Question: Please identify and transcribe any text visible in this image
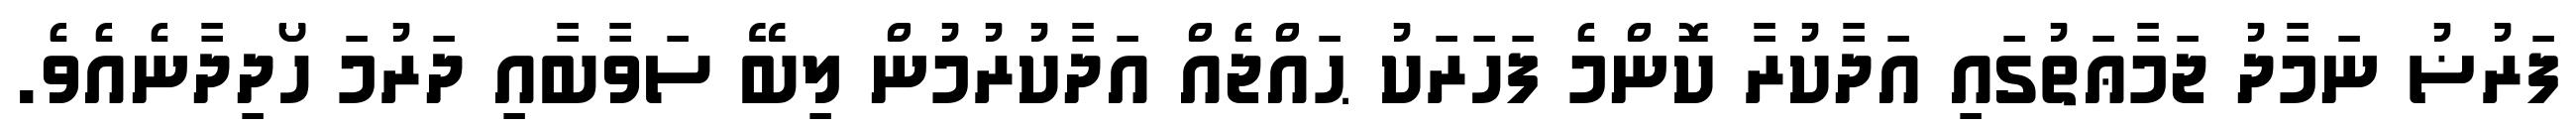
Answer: ފަރުޟު ނަމާދު ޖަމާޢަތުގައި އަދާކުރާ ކޮންމެ ފަހަރަކު ޙައްޖެއް އަދާކުރުމުން ލިބޭ ސަވާބާއި ދަރުމަ ހޯދިދާނެއެވެ.